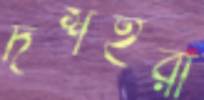
দশহরা